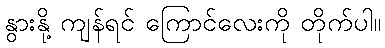
နွားနို့ ကျန်ရင် ကြောင်လေးကို တိုက်ပါ။